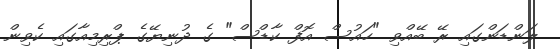
ލަންޑަންގައި ރޭ ބޭއްވި "ހައުސް އޮފް ކާޑްސް" ގެ ދުނިޔޭގެ ޕްރިމިއާގައި ކެވިން